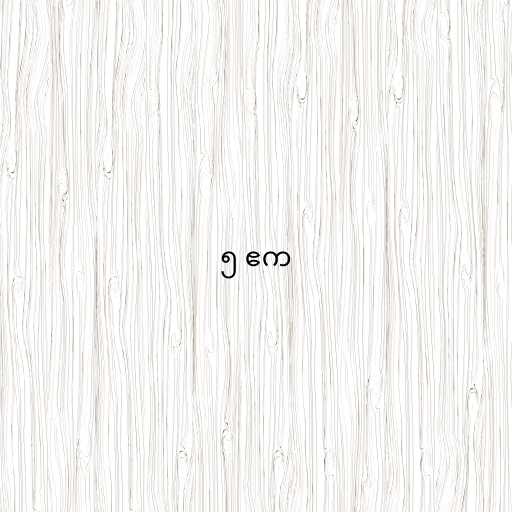
၅ ဧက